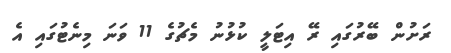
ރަށުން ބޭރުގައި ރޭ އިޓަލީ ކުޅުނު މެޗުގެ 11 ވަނަ މިނެޓުގައި އެ